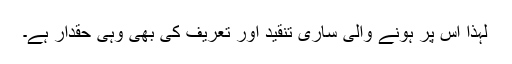
لہذا اس پر ہونے والی ساری تنقید اور تعریف کی بھی وہی حقدار ہے۔